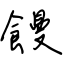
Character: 饅